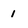
Character: 1